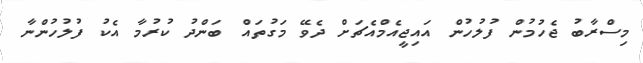
މިސްރާބު ޖެހުމުން ފުލުހުން އައިޖީއެމްއެޗަށް ދެވޭ މަގުތައް ބަންދު ކުރުމާ އެކު ފުލުހުންނާ